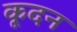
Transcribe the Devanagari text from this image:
कूदन